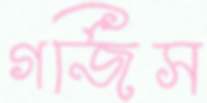
গর্জিস